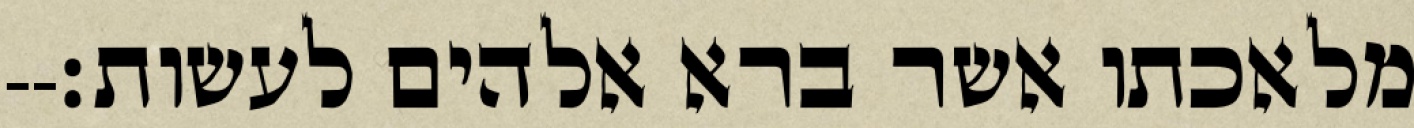
מלאכתו אשר ברא אלהים לעשות׃--